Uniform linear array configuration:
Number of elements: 16
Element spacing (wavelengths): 0.5
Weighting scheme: hann
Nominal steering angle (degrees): -15
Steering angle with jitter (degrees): -14.867
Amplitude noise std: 0.05
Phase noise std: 0.05

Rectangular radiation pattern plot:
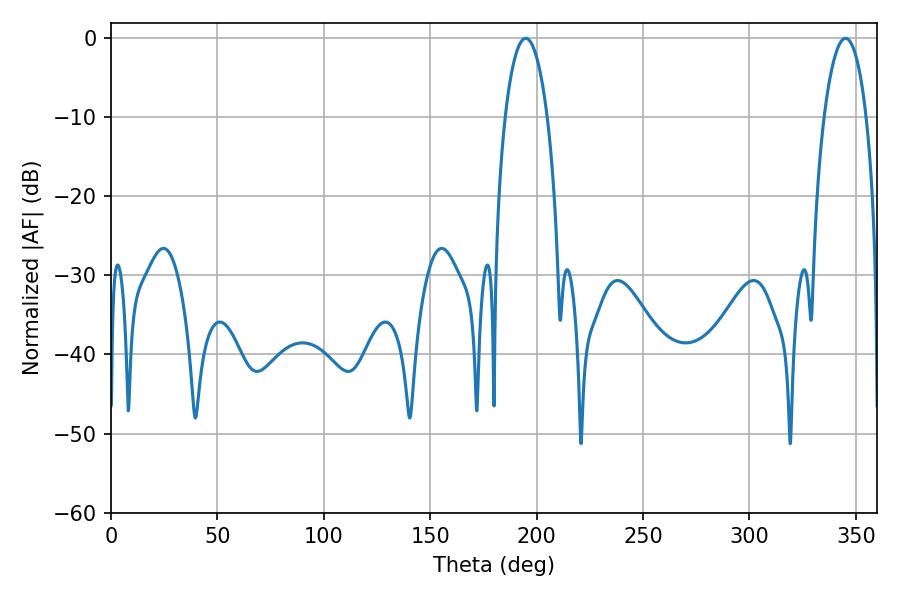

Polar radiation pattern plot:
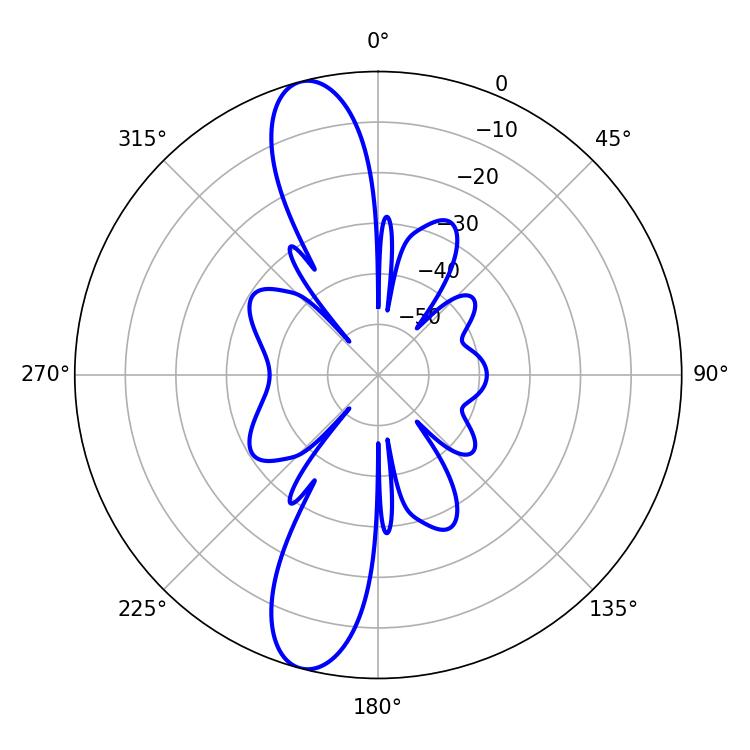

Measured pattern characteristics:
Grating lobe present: FALSE
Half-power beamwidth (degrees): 11.16
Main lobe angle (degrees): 194.94